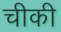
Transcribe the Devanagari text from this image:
चीकी